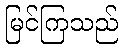
မြင်ကြသည်